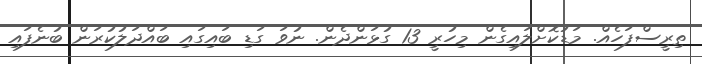
ތިރީސްފަހެއް. މަޑުކޮށްލައިގެން މިހުރީ 13 ގުޅަންދެން. ނުވަ ގަޑި ބައިގައި ބައްދަލުކުރަން ބުނެފައި